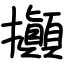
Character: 攧